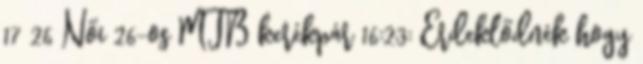
17 26 Női 26-os MTB kerékpár 16:23: Érdeklődnék hogy